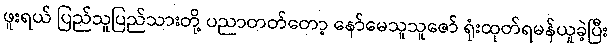
ဖူးရယ် ပြည်သူပြည်သားတို့ ပညာတတ်တော့ နော်မေသူသူဇော် ရုံးထုတ်ရမန်ယူခဲ့ပြီး